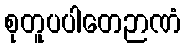
စုတူပပါတေဉာဏံ